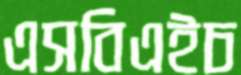
এসবিএইচ